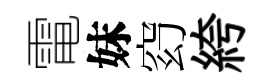
電妹𥥆絝